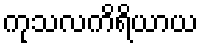
ကုသလကိရိယာယ